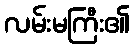
လမ်းမကြီး၏